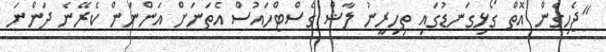
"ޖެހިގެން އޮތް ގޯޅިގަނޑުގައި ތިހިރީނު ލާޝް ގެސްޓްހައުސް އެތަނަށް އަންނަން ކެރޭނެ ދަންނަ